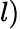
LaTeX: l)